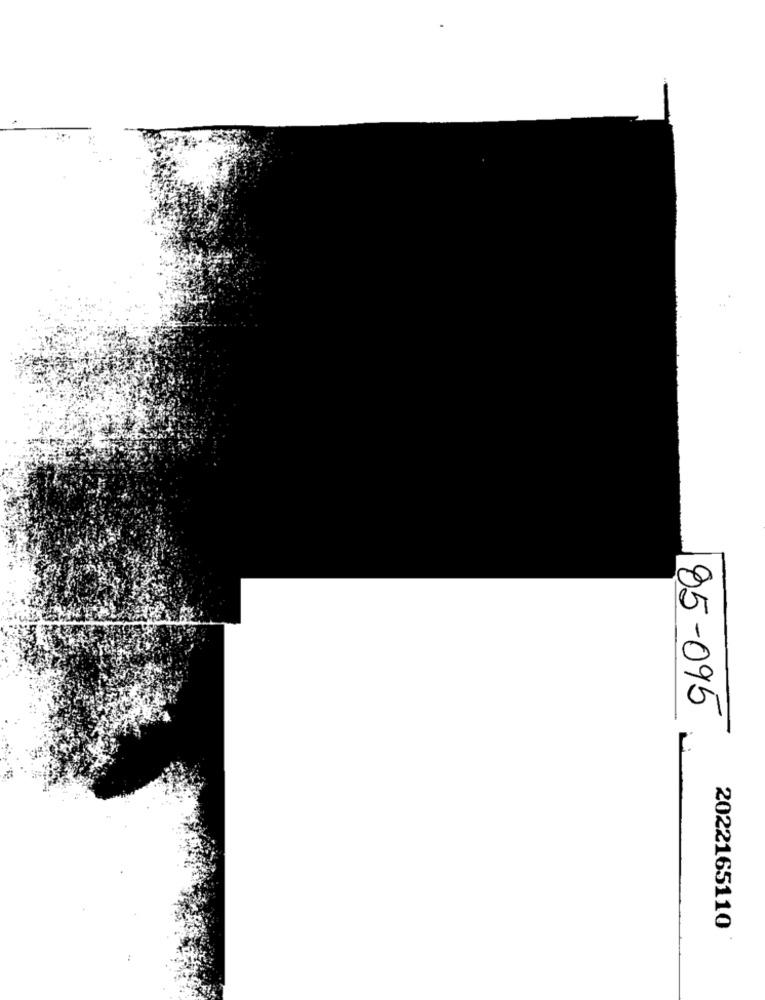
85-095
2022165110